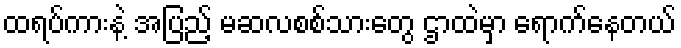
ထရပ်ကားနဲ့ အပြည့် မဆလစစ်သားတွေ ဌာထဲမှာ ရောက်နေတယ်